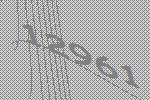
12961